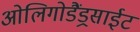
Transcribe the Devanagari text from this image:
ओलिगोडैंड्रसाईट